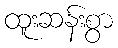
ထူးဆန်းစွာ